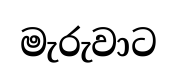
මැරුවාට